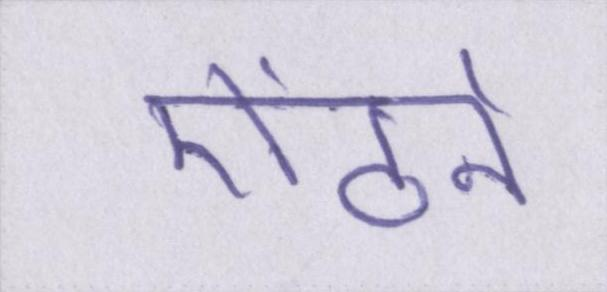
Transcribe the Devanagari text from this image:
ऐंठने